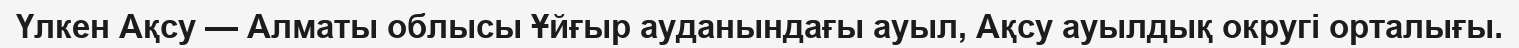
Үлкен Ақсу — Алматы облысы Ұйғыр ауданындағы ауыл, Ақсу ауылдық округі орталығы.